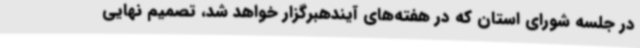
در جلسه شورای استان که در هفته‌های آیندهبرگزار خواهد شد، تصمیم نهایی